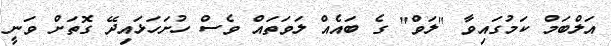
އަލްބަމް ކަމުގައިވާ "ލަވް" ގެ ބައެއް ލަވަތައް ވެސް ހުށަހަޅައިދޭ ގޮތަށް ވަނީ